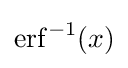
\operatorname {erf} ^{-1}(x)